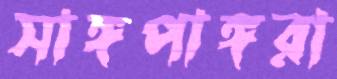
সাঙ্গপাঙ্গরা